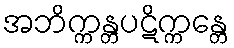
အဘိက္ကန္တပဋိက္ကန္တေ